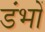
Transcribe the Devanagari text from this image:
डंभों